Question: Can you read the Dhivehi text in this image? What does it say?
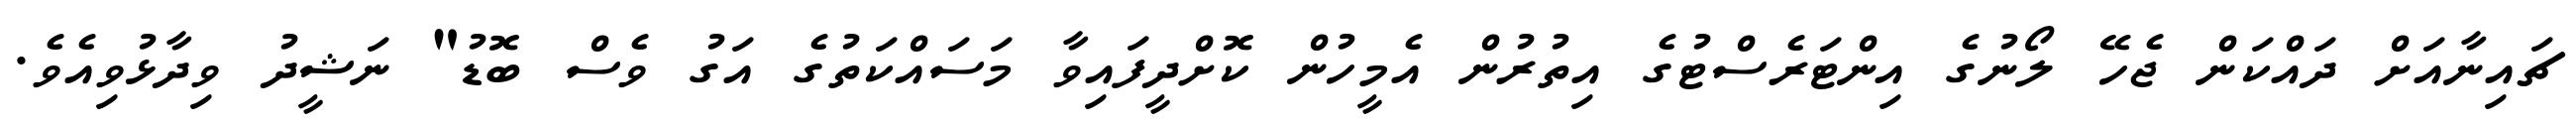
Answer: ޗައިނާއަށް ދައްކަން ޖެހޭ ލޯނުގެ އިންޓަރެސްޓުގެ އިތުރުން އެމީހުން ކޮށްދީފައިވާ މަސައްކަތުގެ އަގު ވެސް ބޮޑު" ނަޝީދު ވިދާޅުވިއެވެ.